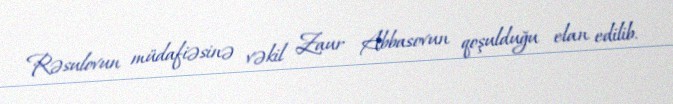
Rəsulovun müdafiəsinə vəkil Zaur Abbasovun qoşulduğu elan edilib.